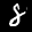
Label: 8